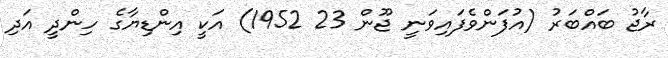
ރާޖު ބައްބަރު (އުފަންވެފައިވަނީ ޖޫން 23 1952) އަކީ އިންޑިޔާގެ ހިންދީ އަދި